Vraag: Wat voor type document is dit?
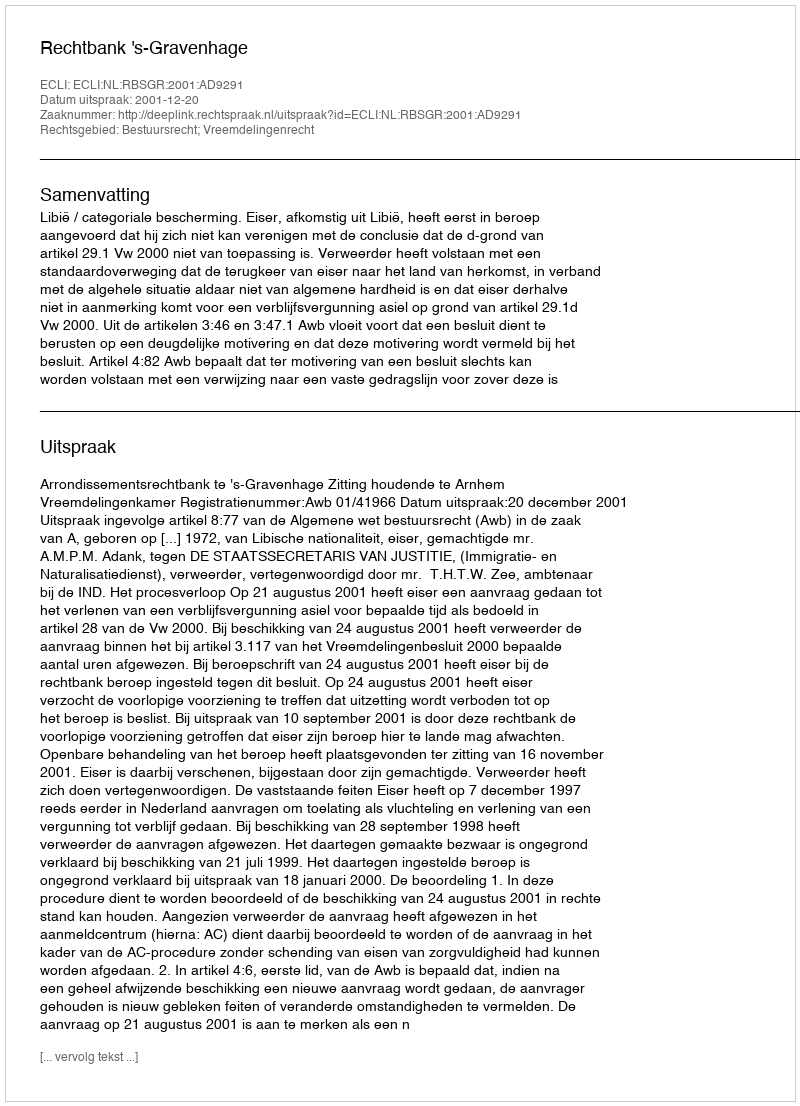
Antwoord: Uitspraak